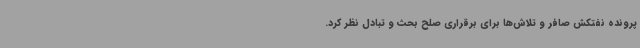
پرونده نفتکش صافر و تلاش‌ها برای برقراری صلح بحث و تبادل نظر کرد.